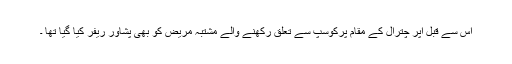
اس سے قبل اپر چترال کے مقام پرکوسپ سے تعلق رکھنے والے مشتبہ مریض کو بھی پشاور ریفر کیا گیا تھا ۔